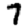
Digit: 7